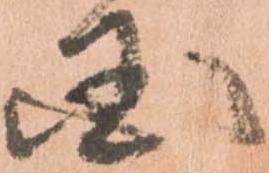
国